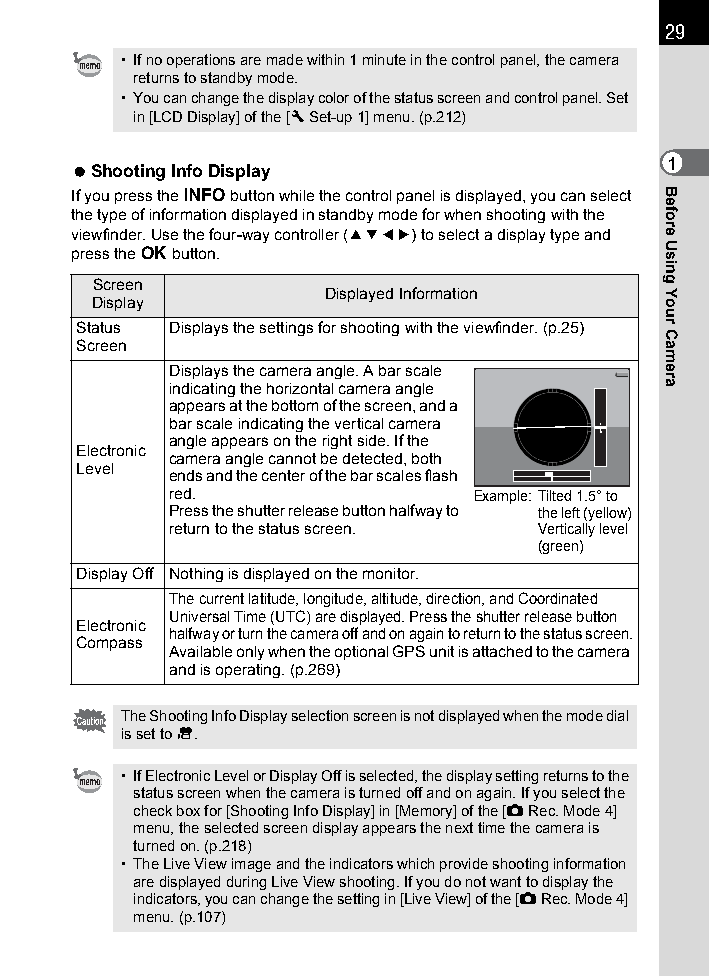
29
 • If no operations are made within 1 minute in the control panel, the camera
 returns to standby mode.
 • You can change the display color of the status screen and control panel. Set
 in [LCD Display] of the [R Set-up 1] menu. (p.212)
 1
 Shooting Info Display
 If you press the M button while the control panel is displayed, you can select
 the type of information displayed in standby mode for when shooting with the
 viewfinder. Use the four-way controller (2345) to select a display type and
 press the 4 button.
 Screen
 Displayed Information
 Display
 Status Displays the settings for shooting with the viewfinder. (p.25)
 Screen
 Displays the camera angle. A bar scale
 indicating the horizontal camera angle
 appears at the bottom of the screen, and a
 bar scale indicating the vertical camera
 angle appears on the right side. If the
 Electronic
 camera angle cannot be detected, both
 Level
 ends and the center of the bar scales flash
 red.                Example: Tilted 1.5° to
 Press the shutter release button halfway to the left (yellow)
 return to the status screen. Vertically level
 (green)
 Display Off Nothing is displayed on the monitor.
 The current latitude, longitude, altitude, direction, and Coordinated
 Universal Time (UTC) are displayed. Press the shutter release button
 Electronic
 halfway or turn the camera off and on again to return to the status screen.
 Compass
 Available only when the optional GPS unit is attached to the camera
 and is operating. (p.269)
 The Shooting Info Display selection screen is not displayed when the mode dial
 is set to C.
 • If Electronic Level or Display Off is selected, the display setting returns to the
 status screen when the camera is turned off and on again. If you select the
 check box for [Shooting Info Display] in [Memory] of the [A Rec. Mode 4]
 menu, the selected screen display appears the next time the camera is
 turned on. (p.218)
 • The Live View image and the indicators which provide shooting information
 are displayed during Live View shooting. If you do not want to display the
 indicators, you can change the setting in [Live View] of the [A Rec. Mode 4]
 menu. (p.107)
 Before
 Using
 Your
 Camera